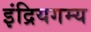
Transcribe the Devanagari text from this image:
इंद्रियगम्य